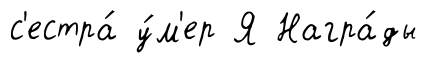
с'естра́ у́м'ер Я Награ́ды